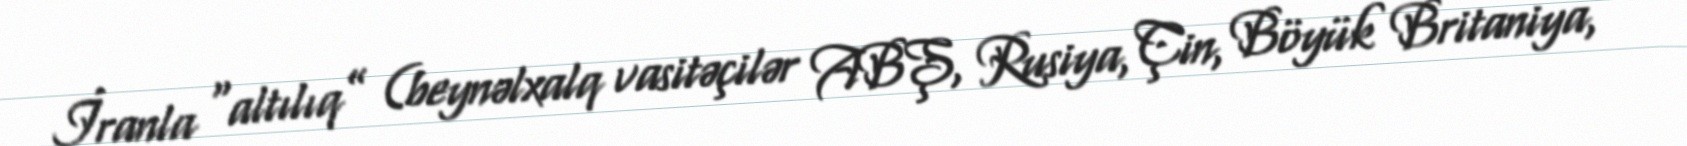
İranla “altılıq” (beynəlxalq vasitəçilər ABŞ, Rusiya, Çin, Böyük Britaniya,